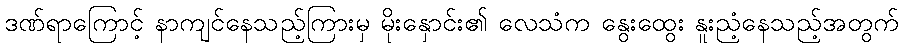
ဒဏ်ရာကြောင့် နာကျင်နေသည့်ကြားမှ မိုးနှောင်း၏ လေသံက နွေးထွေး နူးညံ့နေသည့်အတွက်